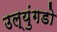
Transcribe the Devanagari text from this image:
उल्युंगडो